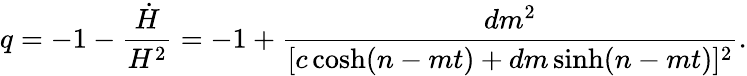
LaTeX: q=-1-\frac{\dot{H}}{H^{2}}=-1+\frac{dm^{2}}{[c\cosh(n-mt)+dm\sinh(n-mt)]^{2}}.